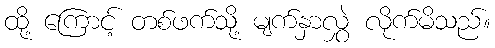
ထို့ ကြောင့် တစ်ဖက်သို့ မျက်နှာလွှဲ လိုက်မိသည်။